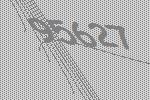
95627